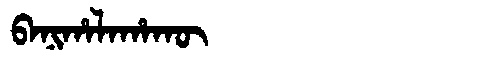
Manchu: ᠪᠠᠨᡳᡥᠠᠯᠠᡥᠠᡴᡡ
Romanization: BANIHALAHAKŪ